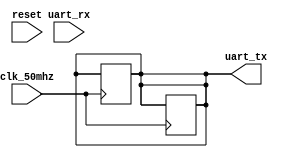
module uart_controller (
    input wire clk_50mhz,
    input wire reset,
    input wire uart_rx,
    output reg uart_tx
);

// Baud rate calculation
parameter BAUD_RATE = 9600; // Baud rate for UART communication
parameter CLK_FREQ = 50000000; // 50MHz clock frequency

reg [11:0] counter = 12'h000; // 12-bit counter for baud rate generation

always @ (posedge clk_50mhz or posedge reset)
begin
    if (reset)
        counter <= 12'h000;
    else if (counter == (CLK_FREQ / BAUD_RATE) - 1)
    begin
        counter <= 12'h000;
        uart_tx <= ~uart_tx; // Toggle UART TX signal at baud rate
    end
    else
        counter <= counter + 1;
end

// FIFO buffer for storing incoming and outgoing data
reg [7:0] rx_fifo [0:15]; // FIFO buffer for incoming data
reg [7:0] tx_fifo [0:15]; // FIFO buffer for outgoing data
reg [3:0] rx_rd_ptr = 4'b0000; // Read pointer for RX FIFO
reg [3:0] rx_wr_ptr = 4'b0000; // Write pointer for RX FIFO
reg [3:0] tx_rd_ptr = 4'b0000; // Read pointer for TX FIFO
reg [3:0] tx_wr_ptr = 4'b0000; // Write pointer for TX FIFO

// UART RX data synchronization
always @ (posedge clk_50mhz or posedge reset)
begin
    if (reset)
    begin
        rx_rd_ptr <= 4'b0000;
        rx_wr_ptr <= 4'b0000;
    end
    else if (uart_rx)
    begin
        rx_fifo[rx_wr_ptr] <= uart_rx; // Store incoming data in RX FIFO
        rx_wr_ptr <= rx_wr_ptr + 1; // Update write pointer
        if (rx_wr_ptr == 4'b1111)
            rx_wr_ptr <= 4'b0000;
    end
end

// UART TX data synchronization
always @ (posedge clk_50mhz or posedge reset)
begin
    if (reset)
    begin
        tx_rd_ptr <= 4'b0000;
        tx_wr_ptr <= 4'b0000;
    end
    else if (counter == (CLK_FREQ / BAUD_RATE) - 1)
    begin
        uart_tx <= tx_fifo[tx_rd_ptr]; // Send outgoing data to UART TX
        tx_rd_ptr <= tx_rd_ptr + 1; // Update read pointer
        if (tx_rd_ptr == 4'b1111)
            tx_rd_ptr <= 4'b0000;
    end
end

endmodule